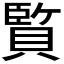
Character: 𮚕